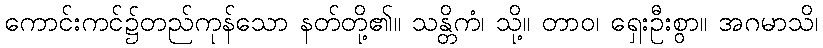
ကောင်းကင်၌တည်ကုန်သော နတ်တို့၏။ သန္တိကံ၊ သို့။ တာဝ၊ ရှေးဦးစွာ။ အဂမာသိ၊